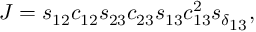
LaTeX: J = s _ { 1 2 } c _ { 1 2 } s _ { 2 3 } c _ { 2 3 } s _ { 1 3 } c _ { 1 3 } ^ { 2 } s _ { \delta _ { \scriptstyle 1 3 } } ,